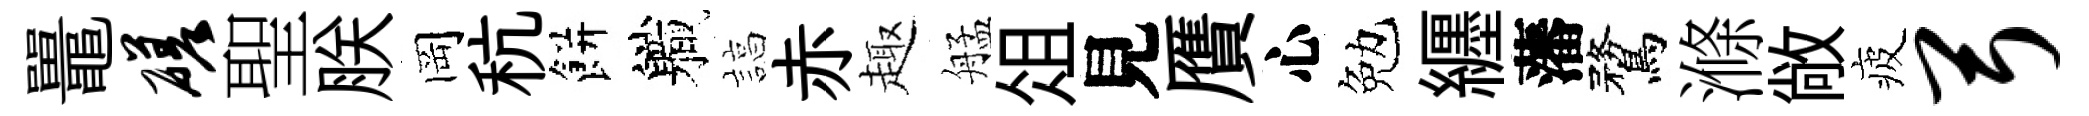
鼉磋聖朕岡秔餅軄諄赤趣艋俎見贋心勉纒藩鶩滌敞疲弓